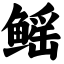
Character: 鳐